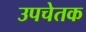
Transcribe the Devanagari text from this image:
उपचेतक